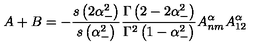
A + B = - \frac { s \left( 2 \alpha _ { - } ^ { 2 } \right) } { s \left( \alpha _ { - } ^ { 2 } \right) } \frac { \Gamma \left( 2 - 2 \alpha _ { - } ^ { 2 } \right) } { \Gamma ^ { 2 } \left( 1 - \alpha _ { - } ^ { 2 } \right) } A _ { n m } ^ { \alpha } A _ { 1 2 } ^ { \alpha }